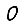
Digit: 0